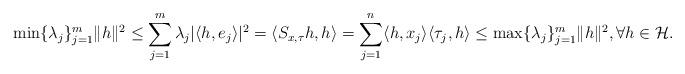
LaTeX: \begin{align*} \min\{\lambda_j\}_{j=1}^m \|h\|^2 \leq \sum_{j=1}^m\lambda_j|\langle h, e_j \rangle|^2 =\langle S_{x, \tau}h,h \rangle = \sum_{j=1}^n\langle h, x_j \rangle \langle \tau_j, h \rangle\leq \max\{\lambda_j\}_{j=1}^m\|h\|^2 ,\forall h \in \mathcal{H}.\end{align*}